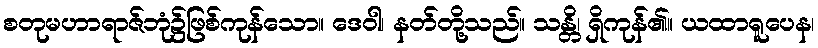
စတုမဟာရာဇ်ဘုံ၌ဖြစ်ကုန်သော။ ဒေဝါ၊ နတ်တို့သည်။ သန္တိ၊ ရှိကုန်၏။ ယထာရူပေန၊